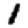
Digit: 1